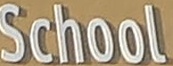
School